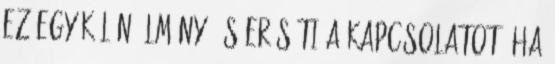
Ez egy külön élmény, és erősíti a kapcsolatot, ha